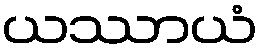
ယဿာယံ